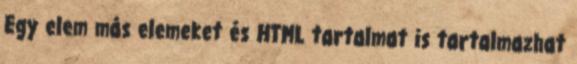
Egy elem más elemeket és HTML tartalmat is tartalmazhat